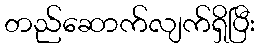
တည်ဆောက်လျက်ရှိပြီး